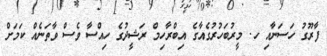
ފާރޫގު ހަސަނާއި ހ. މީރުބަހުރުގެއާގެ އިބްރާހިމް ރަޝީދުގެ ހިއްސާ ވެސް ވާތަނެއް ކަމަށް